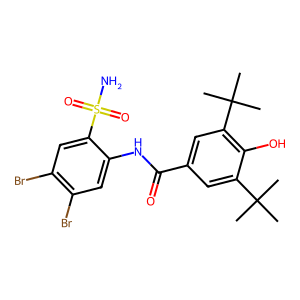
SMILES: CC(C)(C)c1cc(C(=O)Nc2cc(Br)c(Br)cc2S(N)(=O)=O)cc(C(C)(C)C)c1O
Inhibits HIV replication: No